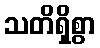
သတိရှိစွာ